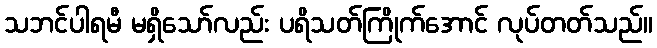
သဘင်ပါရမီ မရှိသော်လည်း ပရိသတ်ကြိုက်အောင် လုပ်တတ်သည်။